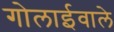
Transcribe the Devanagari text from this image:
गोलाईवाले